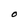
Character: O